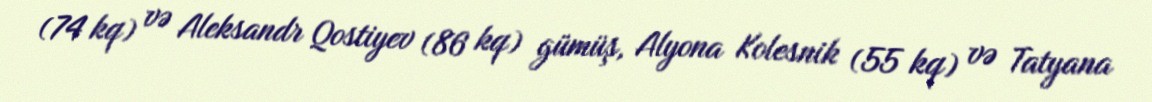
(74 kq) və Aleksandr Qostiyev (86 kq) gümüş, Alyona Kolesnik (55 kq) və Tatyana